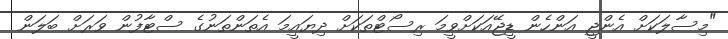
"މިސާލަކަށް އެންޖީ އަންހެން ޑީޖޭއަކަށްވީމަ ރިސޯޓްތަކަށް ދިޔައީމަ އެތަންތަނުގެ ސްޓާފުން ވަރަށް ބަލަން